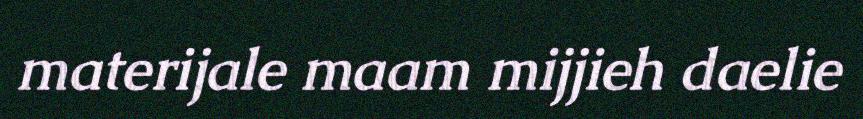
materijale maam mijjieh daelie